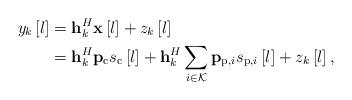
LaTeX: \begin{align*} y_{k}\left [ l \right ] &= \mathbf{h}_{k}^{H}\mathbf{x}\left [ l \right ]+z_{k}\left [ l \right ] \\ & = \mathbf{h}_{k}^{H}\mathbf{p}_{\mathrm{c}}s_{\mathrm{c}}\left [ l \right ]+ \mathbf{h}_{k}^{H}\sum _{i \in \mathcal{K}} \mathbf{p}_{\mathrm{p},i}s_{\mathrm{p},i}\left [ l \right ] +z_{k}\left [ l \right ],\end{align*}